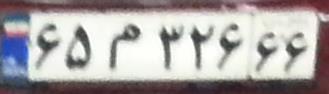
۶۵م۳۲۶۶۶